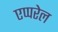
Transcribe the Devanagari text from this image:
एप्परेल